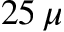
2 5 \, \mu